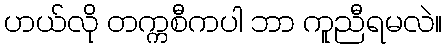
ဟယ်လို တက္ကစီကပါ ဘာ ကူညီရမလဲ။